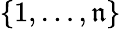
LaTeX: \{ 1,\ldots,\mathfrak{n}\}